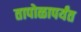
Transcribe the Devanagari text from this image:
तापोळापर्यंत